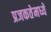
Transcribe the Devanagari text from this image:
प्रजकतेमध्ये